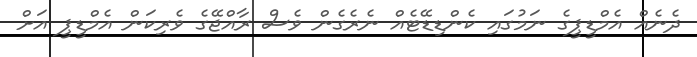
ދެނެއް އެމްޑީޕީގެ ނަމުގައި ކެންޑިޑޭޓެއް ނެރެގެން ވެސް ރާއްޖޭގެ ވެރިކަން އެމްޑީޕީ އަށް